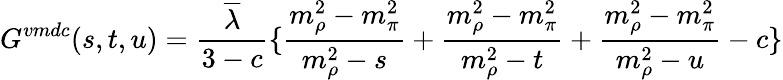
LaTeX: G^{vmdc}(s,t,u)=\frac{\overline{{{\lambda}}}}{3-c}\{ \frac{m_{\rho}^{2}-m_{\pi}^{2}}{m_{\rho}^{2}-s}+\frac{m_{\rho}^{2}-m_{\pi}^{2}}{m_{\rho}^{2}-t}+\frac{m_{\rho}^{2}-m_{\pi}^{2}}{m_{\rho}^{2}-u}-c\}